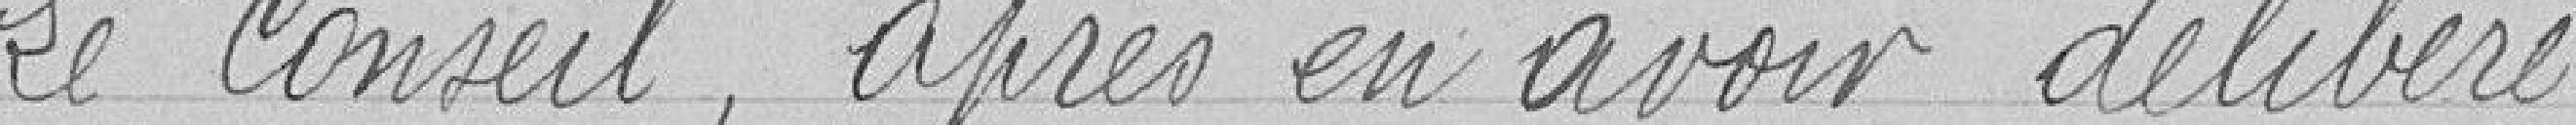
Le Conseil, après en avoir délibéré,